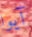
آيوا